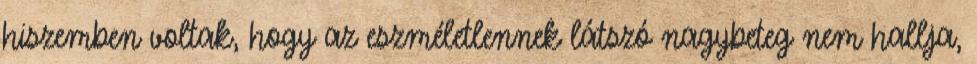
hiszemben voltak, hogy az eszméletlennek látszó nagybeteg nem hallja,